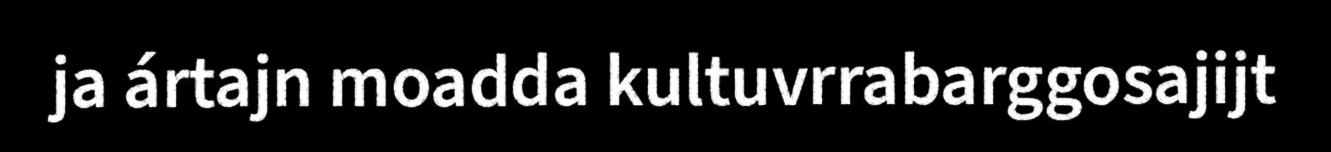
ja ártajn moadda kultuvrrabarggosajijt